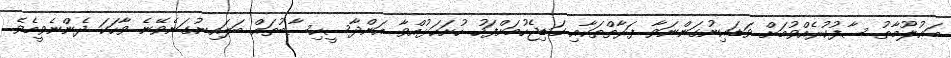
މަޢުލޫމާތު ސާފުކުރެއްވުމަށް ވަޑައިނުގަންނަވާ ފަރާތްތަކާއި ގަޑިޖެހުމަށްފަހު ހުށަހަޅުއްވާ އަންދާސީހިސާބުތައް ބަލައިނުގަނެވޭނެ ވާހަކަ ދެންނެވީމެވެ.